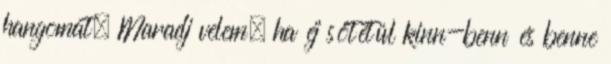
hangomat. Maradj velem, ha éj sötétül kinn-benn és benne